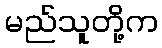
မည်သူတို့က